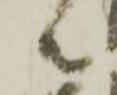
共